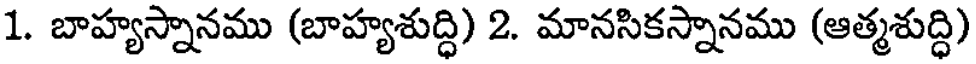
1. బాహ్యస్నానము (బాహ్యశుద్ధి) 2. మానసికస్నానము (ఆత్మశుద్ధి)